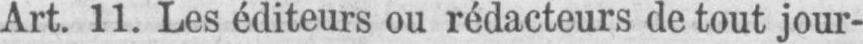
Art. 11. Les éditeurs ou rédacteurs de tout jour-